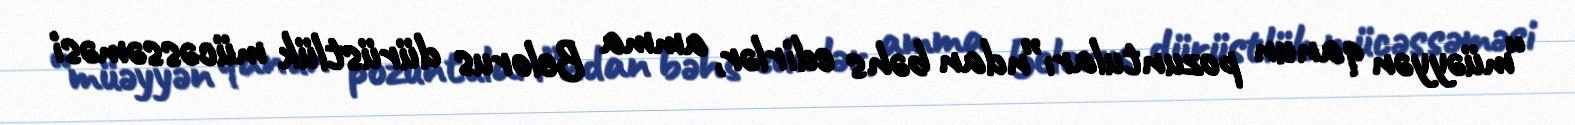
“müəyyən qanun pozuntuları”ndan bəhs edirlər, amma Belorus dürüstlük mücəssəməsi